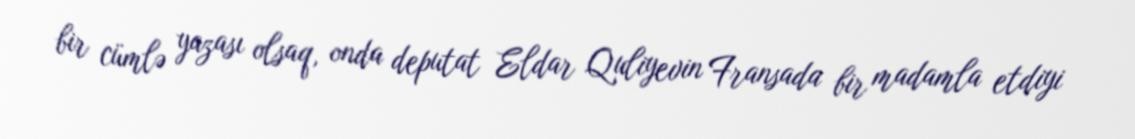
bir cümlə yazası olsaq, onda deputat Eldar Quliyevin Fransada bir madamla etdiyi